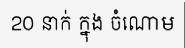
20 នាក់ ក្នុង ចំណោម